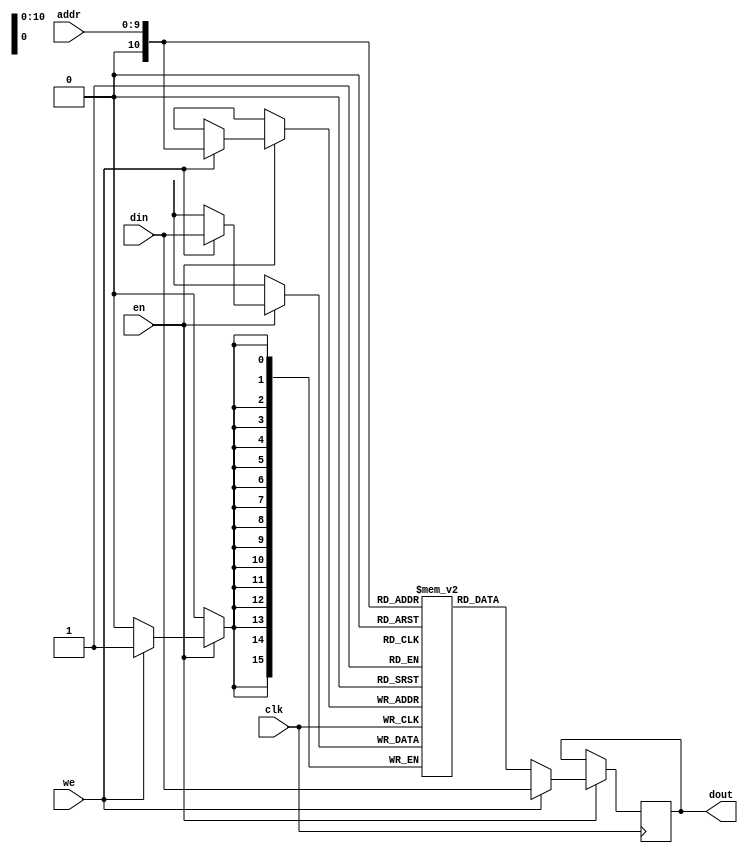
module sync_ram_wf (/*AUTOARG*/
   // Outputs
   dout,
   // Inputs
   clk, we, en, addr, din
   );

   parameter WORD_WIDTH = 16;
   parameter ADDR_WIDTH = 10;


   input clk;
   input we;
   input en;
   input [9:0] addr;
   input [WORD_WIDTH-1:0] din;
   output [WORD_WIDTH-1:0] dout;
   reg [WORD_WIDTH-1:0]    RAM [(2<<ADDR_WIDTH)-1:0];
   reg [WORD_WIDTH-1:0]    dout;

   always @(posedge clk)
     begin
        if (en)
          begin
             if (we)
               begin
                  RAM[addr] <= din;
                  dout <= din;
               end
             else begin
               dout <= RAM[addr];

             end
          end
     end
endmodule